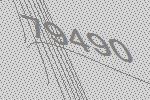
79490